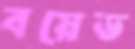
বয়েড